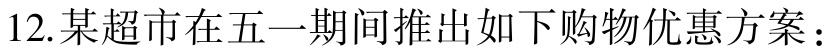
12.某超市在五一期间推出如下购物优惠方案：